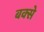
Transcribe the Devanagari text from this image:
बक्‍से